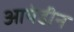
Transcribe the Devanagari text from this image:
आयेडीन